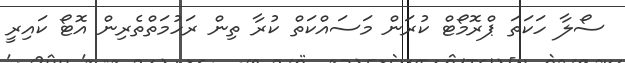
ސޯލާ ހަކަތަ ޕްރޮމޯޓް ކުރަން މަސައްކަތް ކުރާ ތިން ރަހުމަތްތެރިން އޮޓޯ ކައިރީ